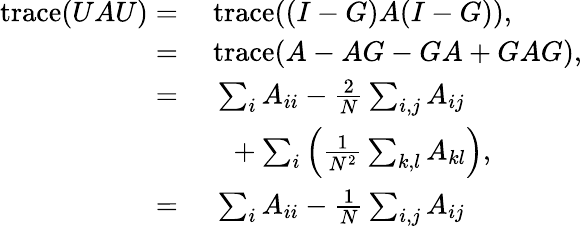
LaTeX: \begin{array}{rl}{\mathrm{trace}(UAU)=}&{\ \mathrm{trace}((I-G)A(I-G)),}\\ {=}&{\ \mathrm{trace}(A-AG-GA+GAG),}\\ {=}&{\ \sum_{i}{A_{ii}}-\frac{2}{N}\sum_{i,j}{A_{ij}}}\\ &{\ \ \ +\sum_{i}{\left(\frac{1}{N^{2}}\sum_{k,l}{A_{kl}}\right)},}\\ {=}&{\ \sum_{i}{A_{ii}}-\frac{1}{N}\sum_{i,j}{A_{ij}}}\end{array}